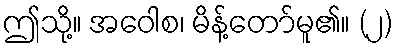
ဤသို့။ အဝေါစ၊ မိန့်တော်မူ၏။ (၂)